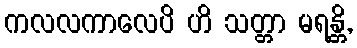
ကလလကာလေပိ ဟိ သတ္တာ မရန္တိ,